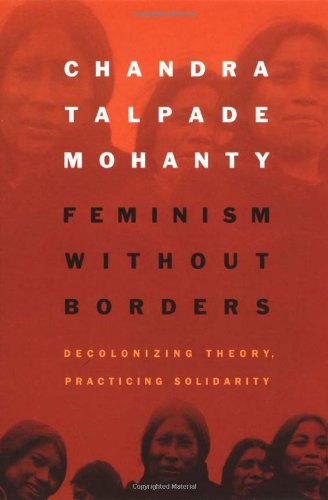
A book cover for Feminism without Borders: Decolonizing Theory, Practicing Solidarity; Chandra Talpade Mohanty; Politics & Social Sciences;